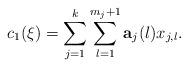
LaTeX: \begin{align*}c_1(\xi) = \sum_{j=1}^k \sum_{l=1}^{m_j+1} {\mathbf{a}_{j}(l)} x_{j,l}.\end{align*}